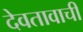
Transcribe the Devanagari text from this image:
देवतावाची